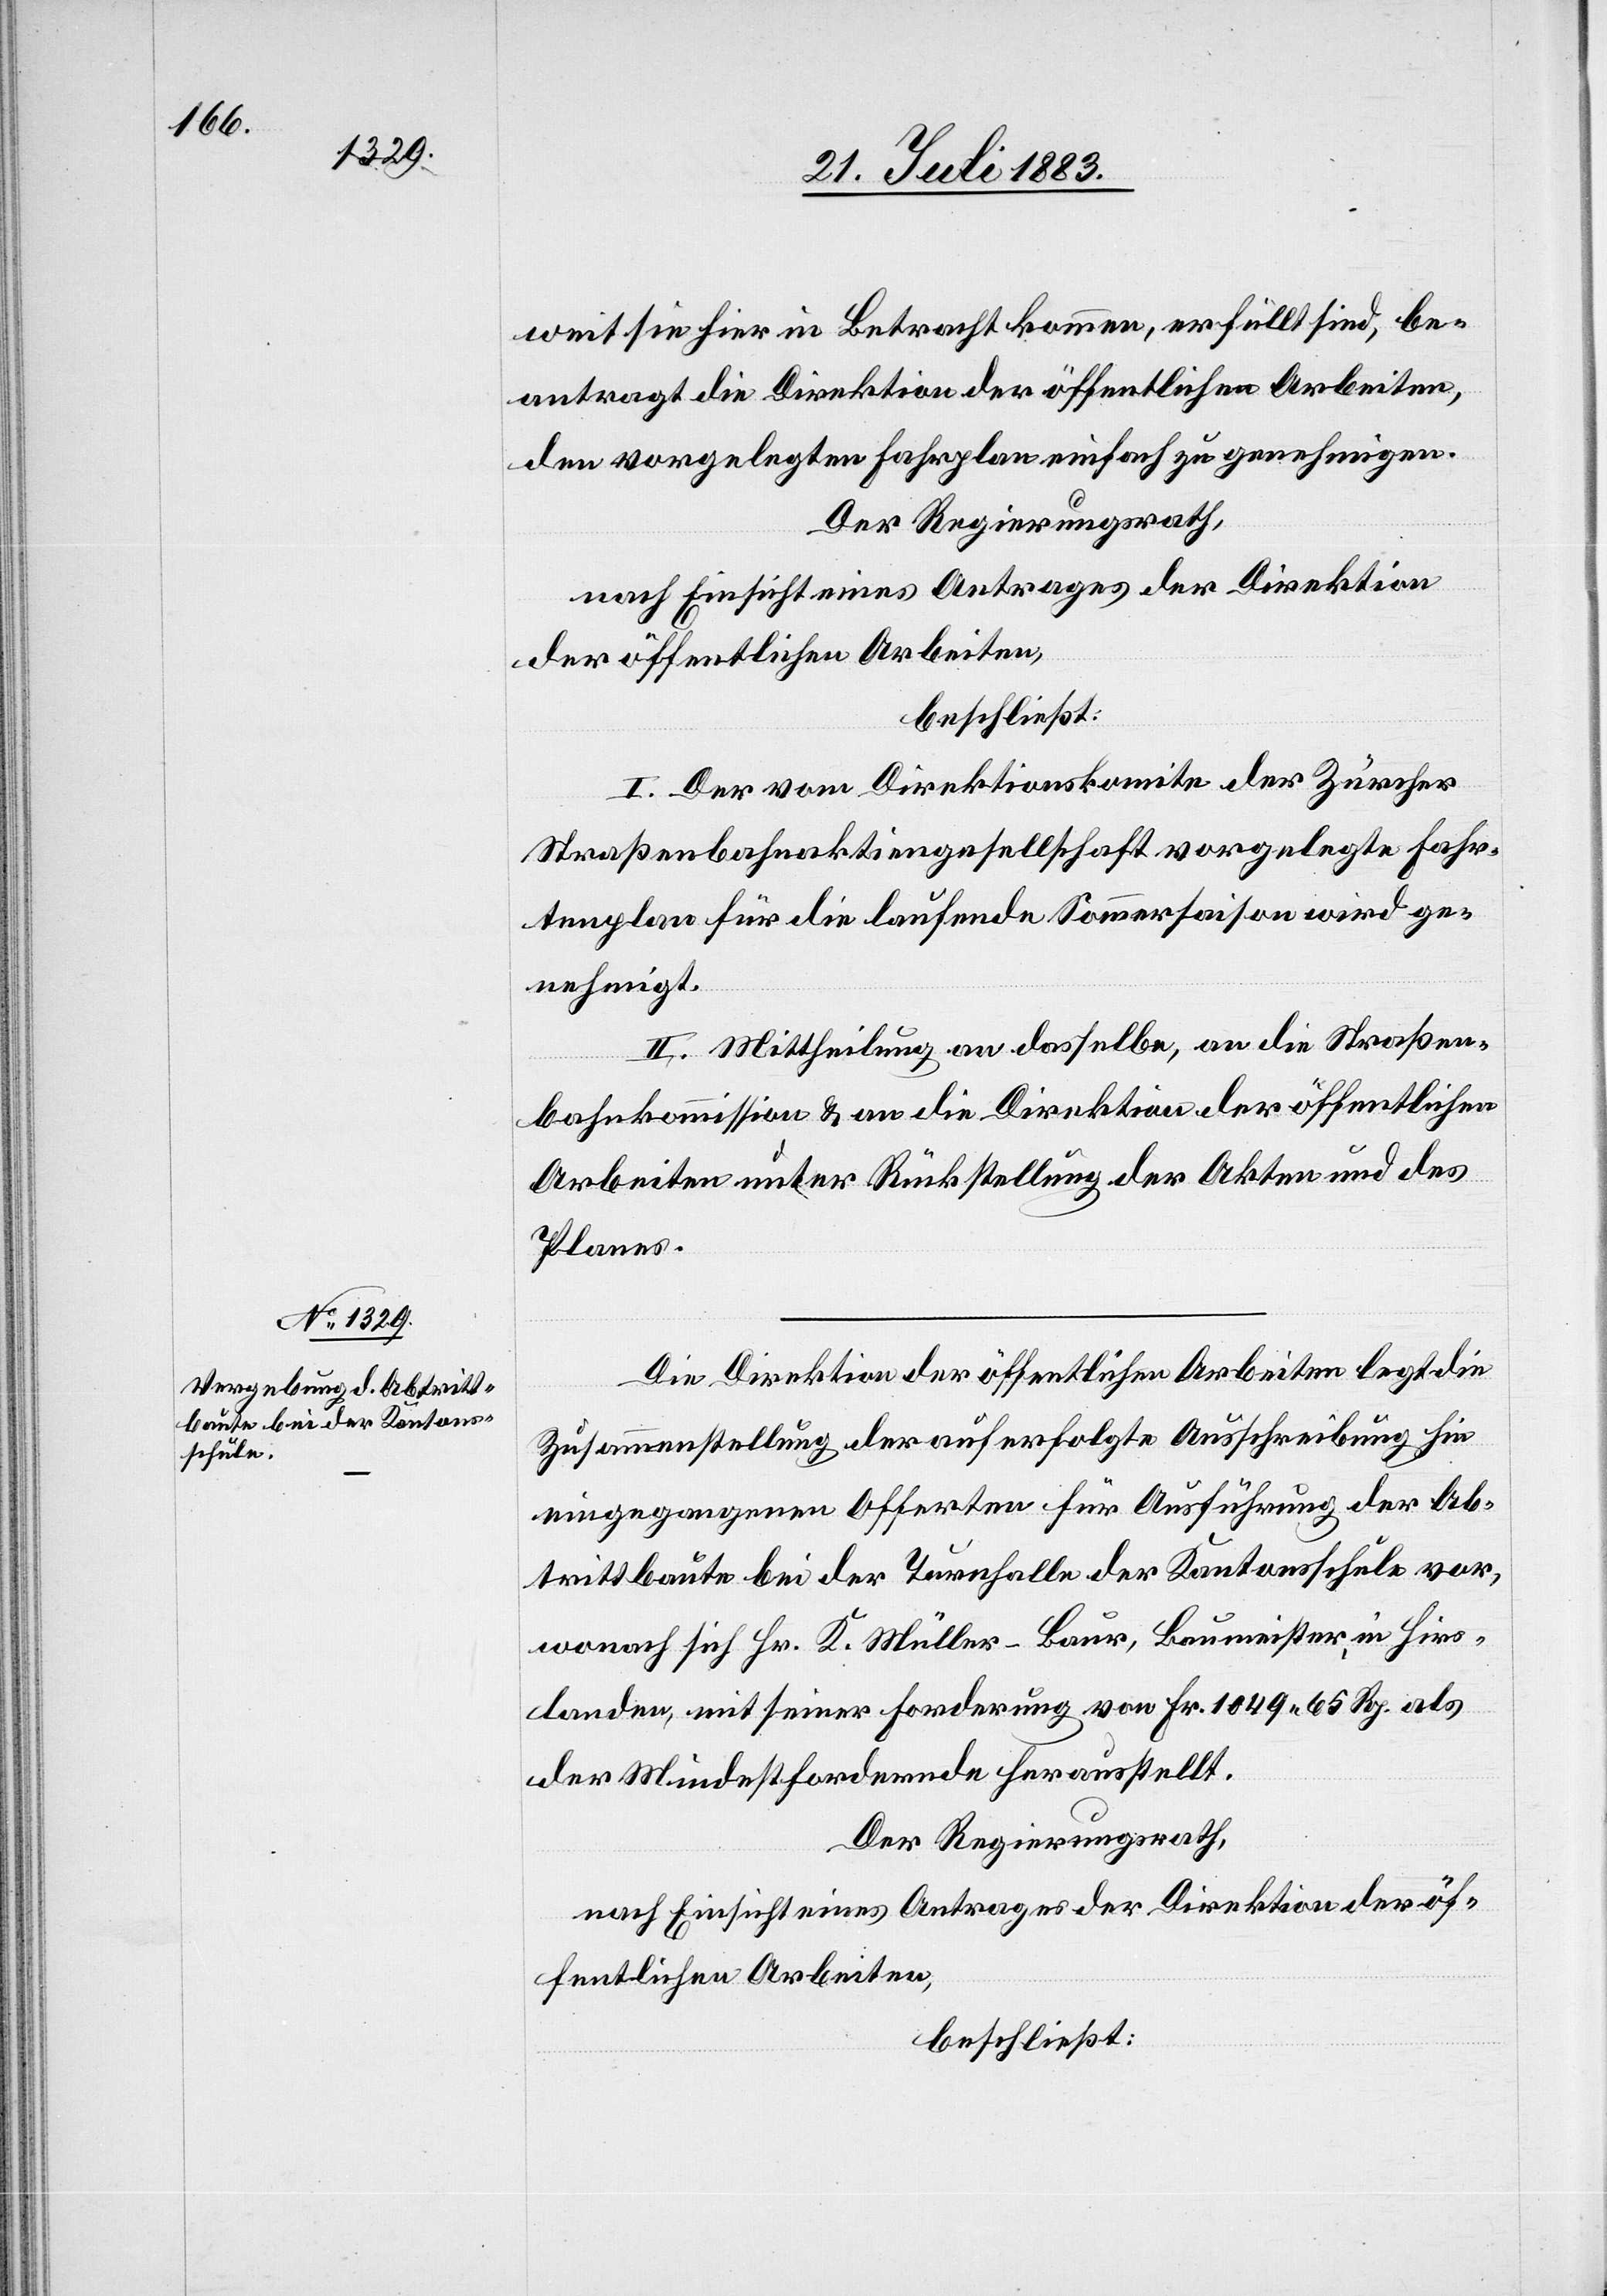
weit sie hier in Betracht kommen, erfüllt sind, be¬
antragt die Direktion der öffentlichen Arbeiten,
den vorgelegten Fahrplan einfach zu genehmigen.
Der Regierungsrath,
nach Einsicht eines Antrages der Direktion
der öffentlichen Arbeiten,
beschließt:
I. Der vom Direktionskomite der Zürcher
Straßenbahnaktiengesellschaft vorgelegten Fahr¬
tenplan für die laufende Sommersaison wird ge¬
nehmigt.
II. Mittheilung an dasselbe, an die Straßen¬
bahnkommission & an die Direktion der öffentlichen
Arbeiten unter Rückstellung der Akten und des
Planes.
Die Direktion der öffentlichen Arbeiten legt die
Zusammenstellung der auf erfolgte Ausschreibung hin
eingegangenen Offerten für Ausführung der Ab¬
trittbaute bei der Turnhalle der Kantonsschule vor,
wonach sich Hr. K. Müller-Baur, Baumeister, in Hirs¬
landen, mit seiner Forderung von Fr. 1049 65 Rp. als
der Mindestfordernde herausstellt.
Der Regierungsrath,
nach Einsicht eines Antrages der Direktion der öf¬
fentlichen Arbeiten,
beschließt: